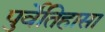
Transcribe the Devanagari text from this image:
पुर्वेतिहासा